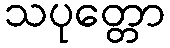
သပုတ္တော